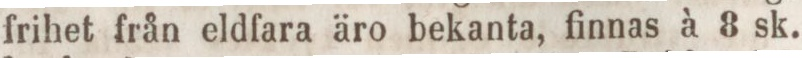
frihet från eldfara äro bekanta, finnas à 8 sk.